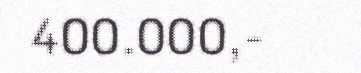
400.000,-